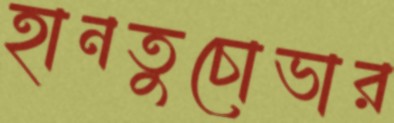
হানতুচোভার